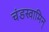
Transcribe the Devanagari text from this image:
चंडस्वामिन्